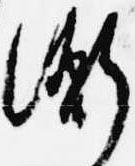
衡